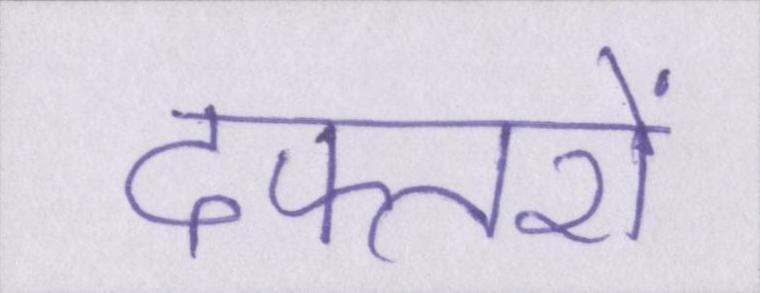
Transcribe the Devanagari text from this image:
दफ्तरों